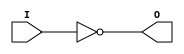
module INV(
    (* clkbuf_inv = "I" *)
    output O,
    input I
);
  assign O = !I;
  specify
    (I => O) = 127;
  endspecify
endmodule